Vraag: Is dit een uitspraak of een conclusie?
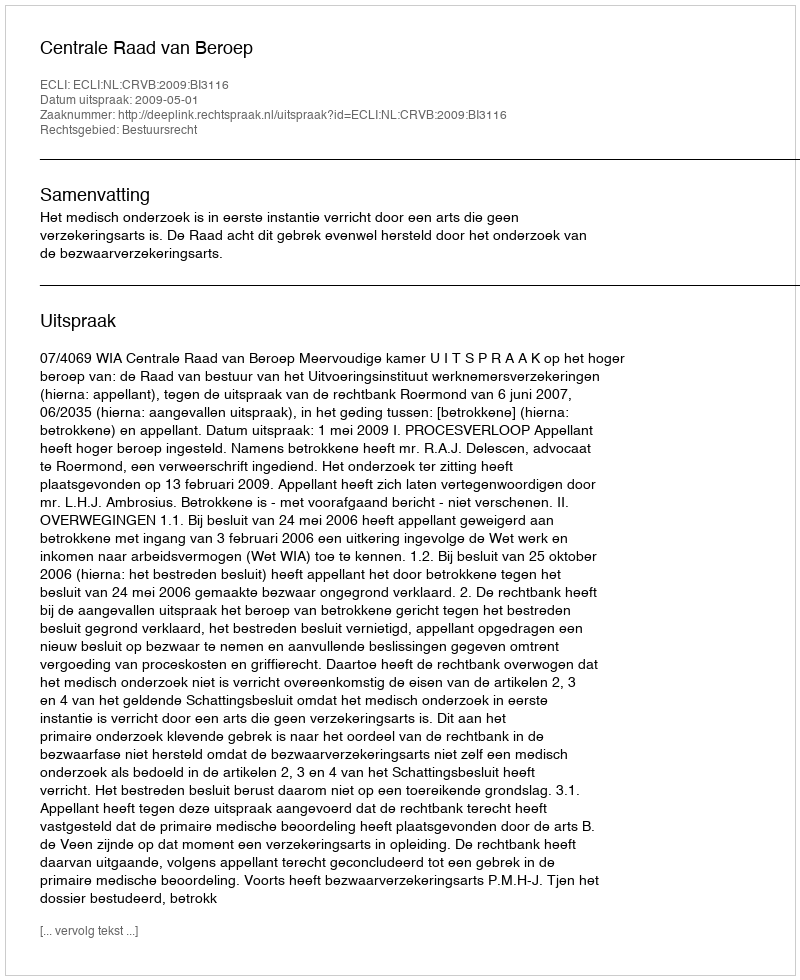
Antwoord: Uitspraak